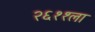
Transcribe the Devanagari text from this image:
२६११ला